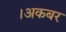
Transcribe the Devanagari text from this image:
।अकबर